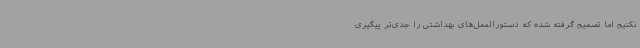
نکنیم اما تصمیم گرفته شده که دستورالعمل‌های بهداشتی را جدی‌تر پیگیری